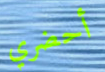
أحضري